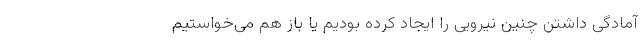
آمادگی داشتن چنین نیرویی را ایجاد کرده بودیم یا باز هم می‌خواستیم